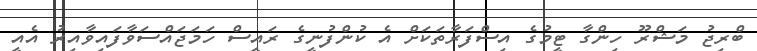
ބްރިޖު މަޝްރޫ ހިންގާ ޓީމުގެ އިސްފަރާތަކަށް އެ ކުންފުނީގެ ރައީސް ހަމަޖައްސަވާފައިވާއިރު އެއީ